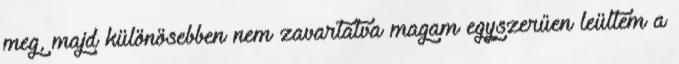
meg, majd különösebben nem zavartatva magam egyszerűen leültem a